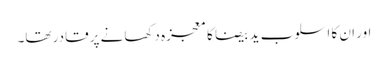
اور ان کا اسلوب ید بیضا کا معجزہ دکھانے پر قادر تھا۔